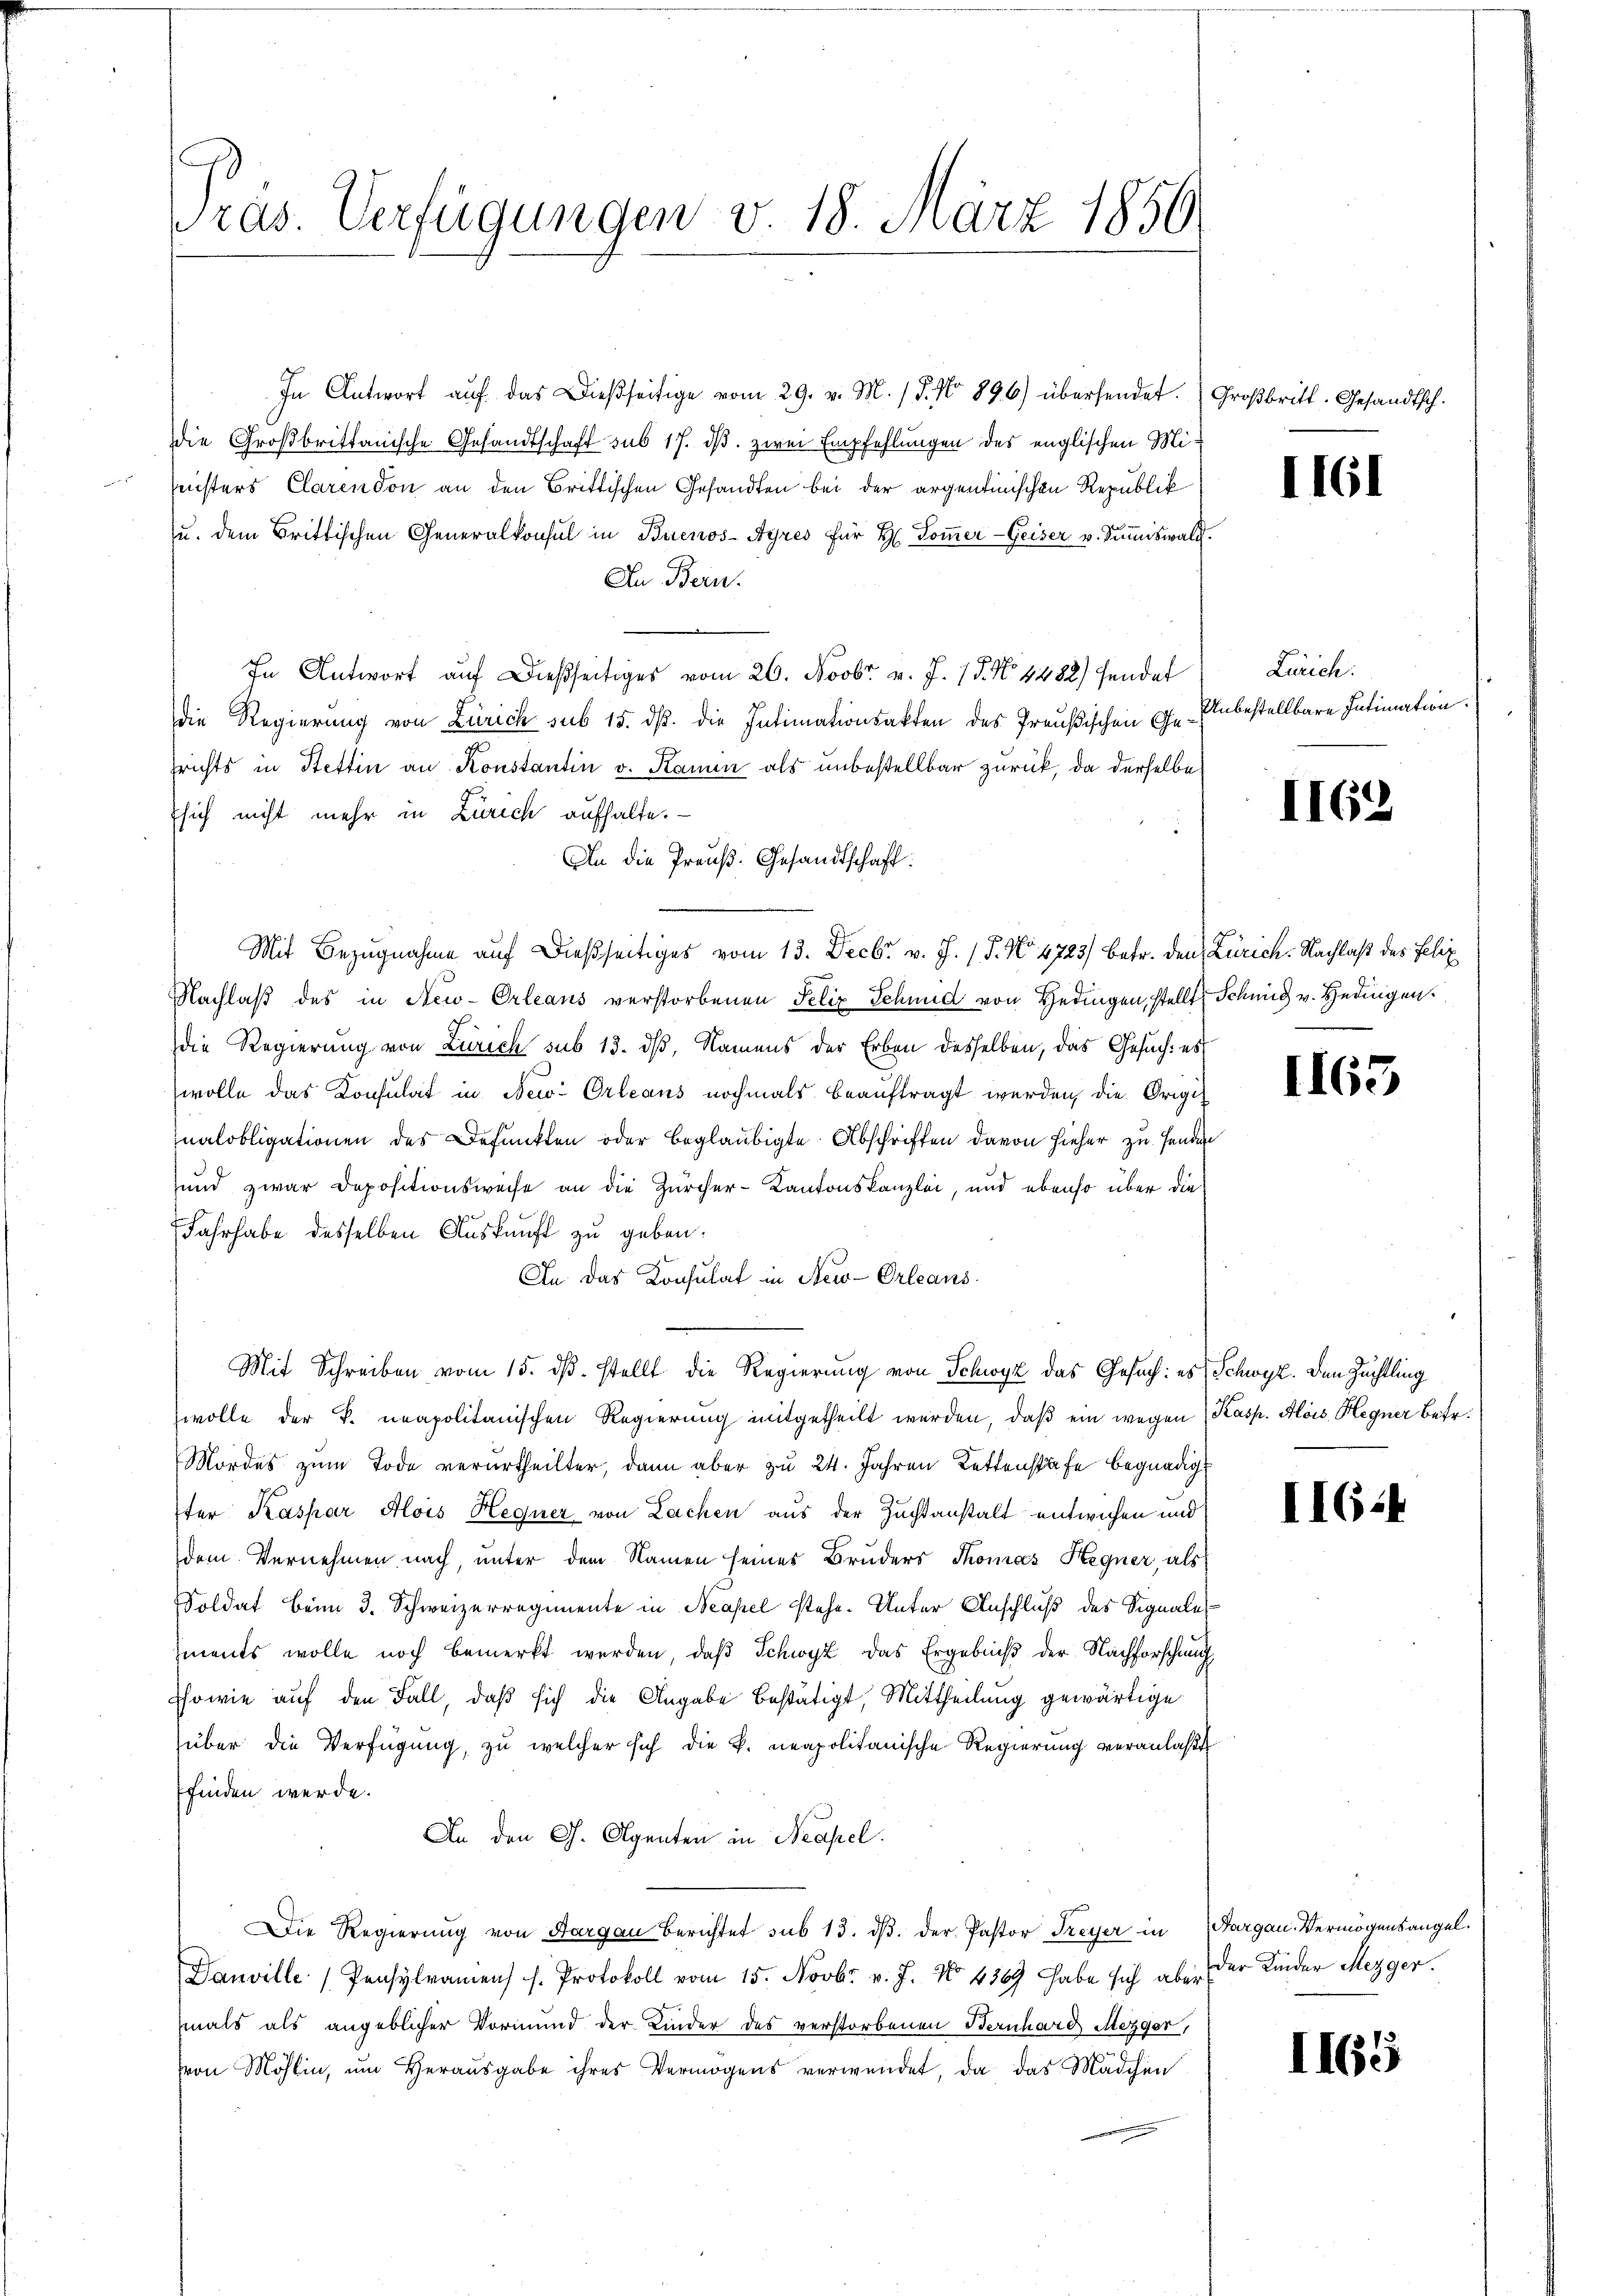
ras. Verfügungen v. 18. März 1856

In Antwort auf das Dießseitige vom 29. v. M. / 5. No 896) übersendet. Großbritt. Gesandtsch.
die Großbrittanische Gesandtschaft sub 17. ds. zwei Empfehlungen des englischen Mi¬

nisters Clarendon an den Brittischen Gesandten bei der argentinischen Republik
u. dem Brittischen Generalkonsul in Buenos-Ayres für H Doṁer-Geiser v. Summiswald.
In Bern.
In Antwort auf dießseitiges vom 26. Novbr. v. J. 18. No. 4482) sendet
Die Regierung von Zürich sub 15. dß. die Intimationsakten des Preußischen Gesrichts in Stettin an Konstantin v. Kamin als unbestellbar zurück, da derselbe
sich nicht mehr in Zürich aufhalte.
An die Preuß. Gesandtschaft.
Mit Bezugnahme auf dießseitiges vom 13. Decbr v. J. (T. No 4723) betr. den Zürich. Nachlaß des Felix
Nachlaß des in New-Orleans verstorbenen Felix Schmid von Hedingen, stellt Schmid v. Hedingen.
die Regierung von Zürich sub 13. dß, Namens der Erben desselben, das Gesuch: es
wolle das Konsulat in New-Orleans nochmals beaŭftragt werden, die Origi-
nalobligationen des Befunkten oder beglaubigte Abschriften davon hieher zu Handen
und zwar Depositionsweise an die Zürcher-Kantonskanzlei, und ebenso über die
Jahrhabe desselben Auskunft zu geben.
An das Konsulat in New-Orleans
Mit Schreiben vom 15. ds. stellt die Regierung von Schwyz das Gesuch: es Schwyz. Den Züchtling
wolle der k. neapolitanischen Regierung mitgetheilt werden, daβ ein wegen Kasp. Alois Hegner betr.
Mordes zum Tode verurtheilter, dann aber zu 24. Jahren Kettenstafe begnadig
ter Kaspar Alois Hegner von Lachen aus der Zuchtanstalt entwichen und
dem Vernehmen nach, unter dem Namen seines Bruders Thomas Hegner, als
Soldat beim 3. Schweizerregimente in Neapel stehe. Unter Anschluß des Signale
ments wolle noch bemerkt werden, daß Schwyz das Ergebniß der Nachforschau
ssowie auf den Fall, daß sich die Angabe bestätigt, Mittheilung gewärtige
über die Verfügung, zu welcher sich die k. neapolitanische Regierung veranlaßt
finden werde.
An den G. Agenten in Neapel.
Die Regierung von Aargau berichtet sub 13. dβ. der Pastor Freyer in Aargau. Vermögensangel¬
Danville Pensylramen s. Protokoll vom 15. Novbr. v. J. No 4369 habe sich aber
mals als angeblicher Vormund der Kinder des verstorbenen Bernhard Mezger,
von Möhlin, um Herausgabe ihres Vermögens verwendet, da das Mädchen

II61

Zürich.
Unbestellbare Intimation.

II62

1165

II6:

der Kinder Mezger.

1165